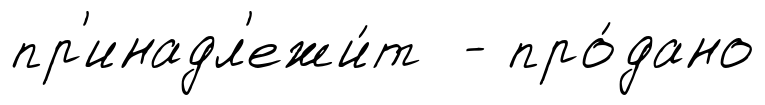
пр'инадл'ежи́т - про́дано